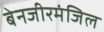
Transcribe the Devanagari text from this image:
बेनजीरमंजिल